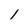
Character: 1